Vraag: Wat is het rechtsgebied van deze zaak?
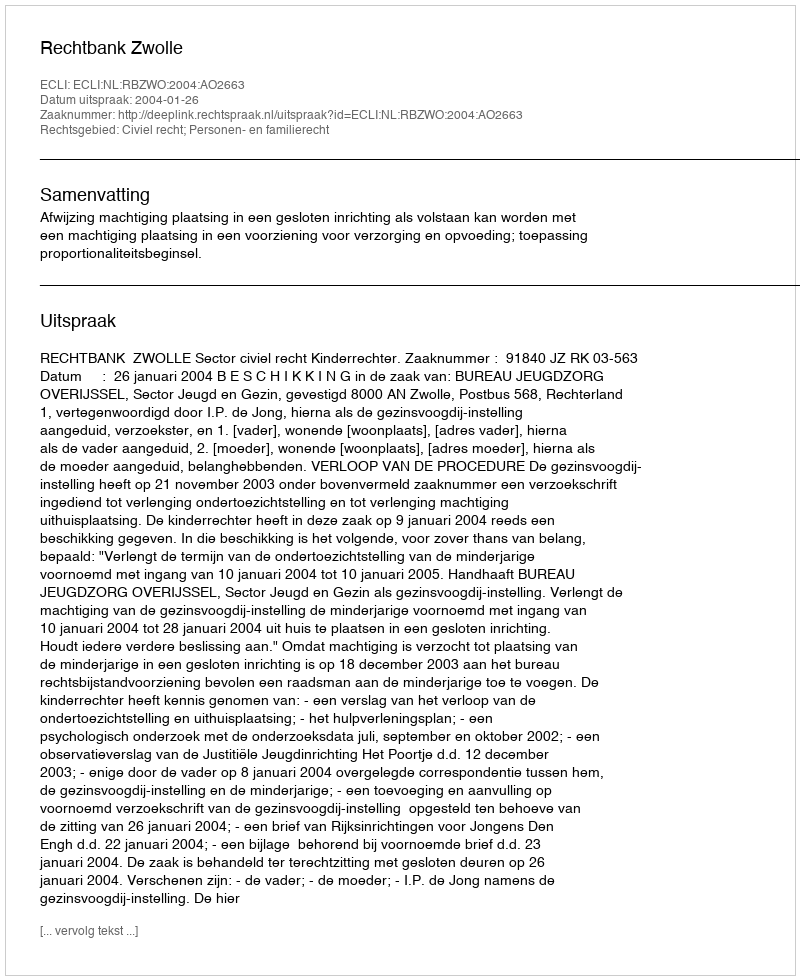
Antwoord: Civiel recht; Personen- en familierecht